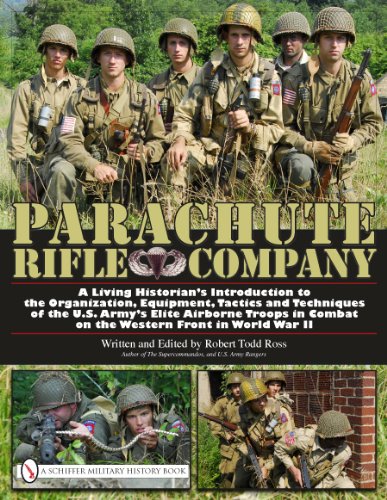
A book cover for Parachute Rifle Company:  A Living Historians Introduction to the Organization, Equipment, Tactics and Techniques of the U.S. Armys Elite Airborne Troops in Combat on the Western Front in World War II; Robert Todd Ross; History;